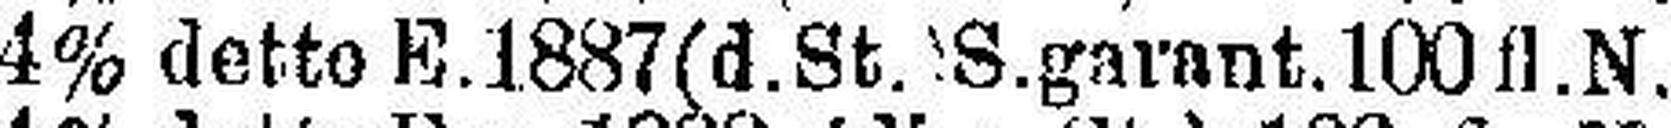
4% detto E.1887 (d.St.) S.garant. 100 fl. N.